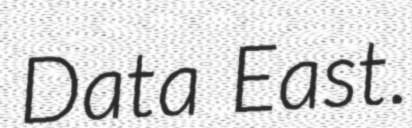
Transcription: Data East.